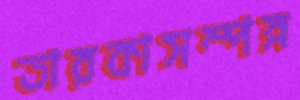
তারকাসম্পন্ন